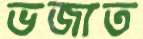
ভজাত